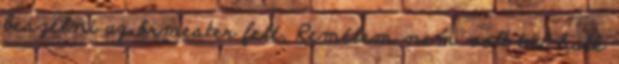
beszélni az őrmester felé. Remélem nem volt túl halk